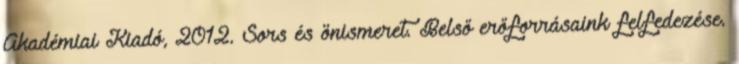
Akadémiai Kiadó, 2012. Sors és önismeret. Belső erőforrásaink felfedezése.